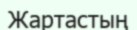
Жартастың